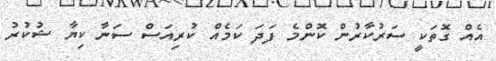
އެއް ގޮތަކީ ސަރުކާރުން ކޮންމެ ފަދަ ކަމެއް ކުރިއަސް ސަނާ ކިޔާ ޝުކުރު